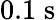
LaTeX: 0.1\; \mathrm{{s}}